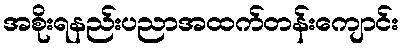
အစိုးရနည်းပညာအထက်တန်းကျောင်း